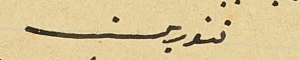
تنورين